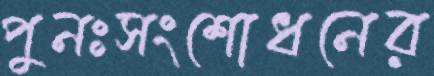
পুনঃসংশোধনের